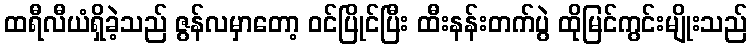
ထရီလီယံရှိခဲ့သည် ဇွန်လမှာတော့ ဝင်ပြိုင်ပြီး ထီးနန်းတက်ပွဲ ထိုမြင်ကွင်းမျိုးသည်